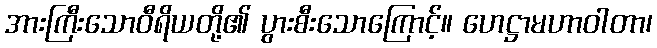
အားကြီးသောဝီရိယတို့၏ ပွားစီးသောကြောင့်။ ဟေဋ္ဌာမဟာဝါတာ၊